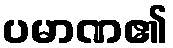
ပမာဏ၏